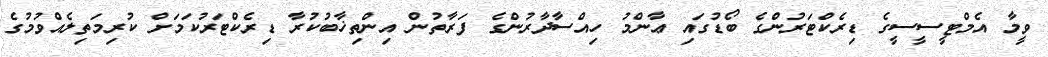
ވީމާ އެމްޓީސީސީގެ ޑިރެކްޓަރުންގެ ބޯޑުގައި ޢާންމު ހިއްސާދާރުންގެ ފަރާތުން އިންތިޚާބުކުރާ ޑިރެކްޓަރުކަމަށް ކުރިމަތިލެއްވުމުގެ